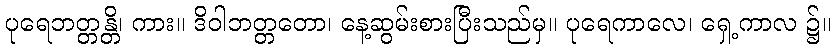
ပုရေဘတ္တန္တိ၊ ကား။ ဒိဝါဘတ္တတော၊ နေ့ဆွမ်းစားပြီးသည်မှ။ ပုရေကာလေ၊ ရှေ့ကာလ ၌။